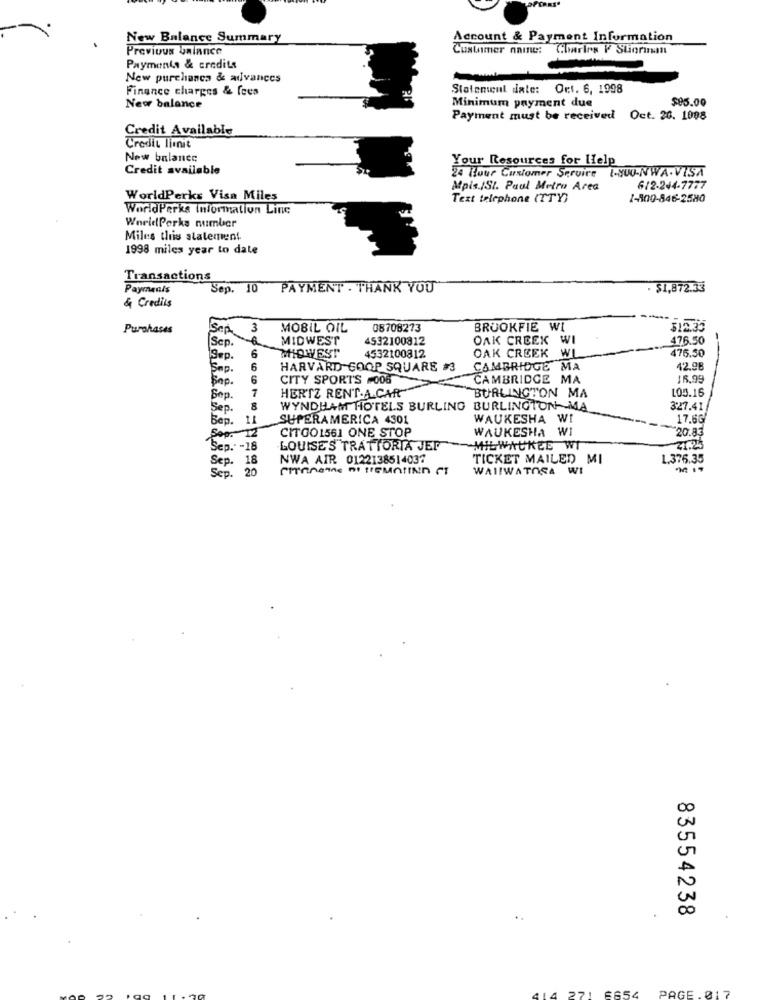
New Balance Summary
Account & Payment Information
Previous balance
Customer nnine:
Charles F Stiorinan
Payments & credits
New purchasca & advances
Finance charges & fees
Statement date: Ort. 6, 1998
Minimum payment due
$85.00
New balance
Payment must be received
Oct. 26. 1098
Credit Available
Credit limit
New balance
Your Resources for lielp
Credit available
1-SUO-NWA.VISA
24 Tlour Customer Service
Mpis./St. Paul Metro Area
6/2-244-7777
WorldPerks Visa Miles
Text telephone (TTY}
1-800-846-2580
WorldPerks Information Line
WorldPerks number
Miles this statement
1998 miles year to date
Transactions
Payments
Sep. 10
PAYMENT . THANK YOU"
· $1,872.33
& Credits
Purchases
ISep
3
MOBIL OIL
08708273
BROOKFIE WI
$12.35
Scp.
MIDWEST
4532100812
OAK CREEK WI
476.50
OAK CREEK WL
Sep.
6
MIDWEST
4532100812
476.50
Sap.
6
HARVARD COOP SQUARE #3
CAMBRIDGE MA
42.98
Sap.
6
CITY SPORTS 006
CAMBRIDGE MA
16,99
HERTZ RENT A CAR
100.16
Sep.
BURLINGTON MA
Sep.
8
WYNDHAM HOTELS BURLING BURLINGTON-MA
327.41
Bep.
11
SUPERAMERICA 4301
WAUKESHA WI
17.6G
12
CITGO1561 ONE STOP
WAUKESHA WI
Sop. I
20.83
Sep.' -18
LOUISE'S TRATTORIA JEF
MILWAUKEE WI
21.25
Sep.
18
NWA AIR 0122138514037
TICKET MAILED MI
1.376.35
Sep.
20
WAIIWATOSA WI
83554238
221
PAGE.017